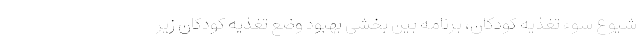
شیوع سوء تغذیه کودکان، برنامه بین بخشی بهبود وضع تغذیه کودکان زیر